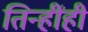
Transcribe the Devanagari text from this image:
तिन्हींही